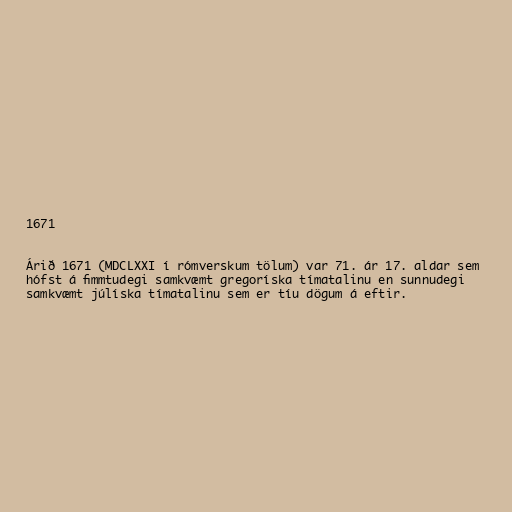
1671

Árið 1671 (MDCLXXI í rómverskum tölum) var 71. ár 17. aldar sem
hófst á fimmtudegi samkvæmt gregoríska tímatalinu en sunnudegi
samkvæmt júlíska tímatalinu sem er tíu dögum á eftir.